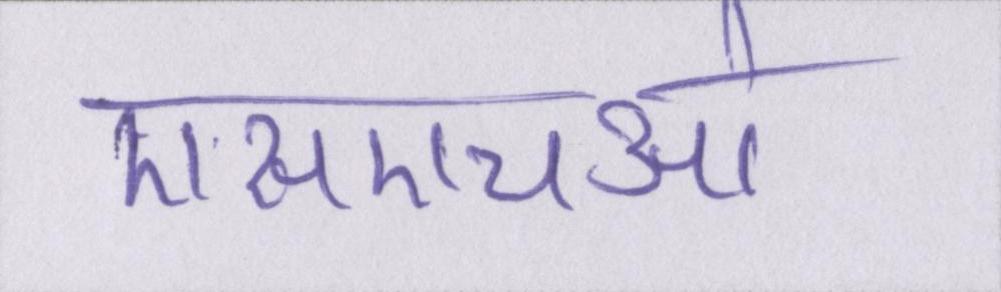
एसएचओ